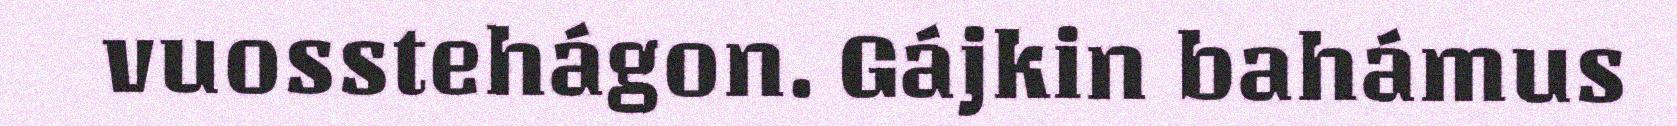
vuosstehágon. Gájkin bahámus